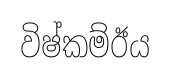
විෂ්කම්ඊය